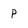
Character: P